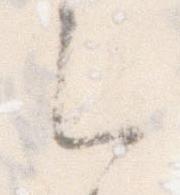
ち